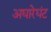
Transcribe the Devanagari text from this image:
अघारेघंट